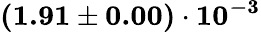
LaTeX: \mathbf{(1.91\pm 0.00)\cdot 10^{-3}}